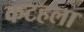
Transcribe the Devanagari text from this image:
कटहला